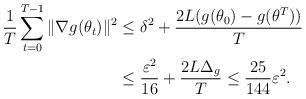
LaTeX: \begin{align*}\frac{1}{T}\sum_{t=0}^{T-1}\|\nabla g(\theta_t)\|^2 &\leq \delta^2 + \frac{2L(g(\theta_0)-g(\theta^T))}{T}\\&\leq \frac{\varepsilon^2}{16} + \frac{2L\Delta_g}{T}\leq \frac{25}{144}\varepsilon^2.\end{align*}